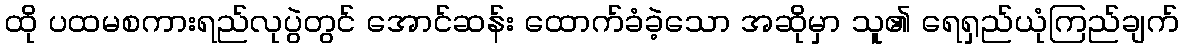
ထို ပထမစကားရည်လုပွဲတွင် အောင်ဆန်း ထောက်ခံခဲ့သော အဆိုမှာ သူ၏ ရေရှည်ယုံကြည်ချက်